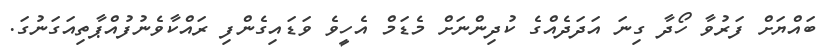
ބައްޔަށް ފަރުވާ ހޯދާ ގިނަ އަދަދެއްގެ ކުދިންނަށް މެޑަމް އެހީވެ ވަޑައިގެންފި ރައްކާވެނުފުއްޕާތިއަގަނުގަ.